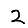
Digit: 2